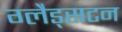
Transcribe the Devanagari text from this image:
ग्लैड्सटन